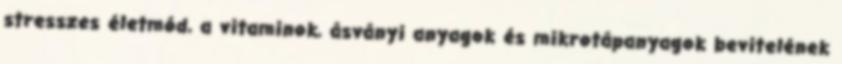
stresszes életmód, a vitaminok, ásványi anyagok és mikrotápanyagok bevitelének